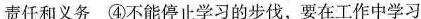
责任和义务 ④不能停止学习的步伐，要在工作中学习